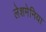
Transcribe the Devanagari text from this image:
लेशमेनिया